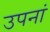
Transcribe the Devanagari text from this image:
उपनां